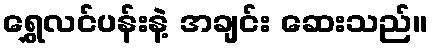
ရွှေလင်ပန်းနဲ့ အချင်း ဆေးသည်။